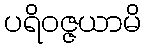
ပရိဝဇ္ဇယာမိ